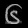
Digit: ၆